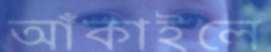
আঁকাইলে